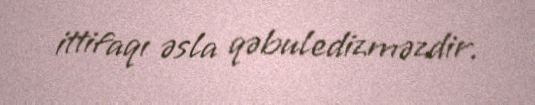
ittifaqı əsla qəbuledizməzdir.